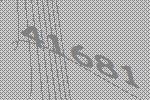
41681